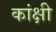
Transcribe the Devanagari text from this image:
कांक्षी